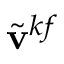
\tilde { \mathbf { v } } ^ { k f }